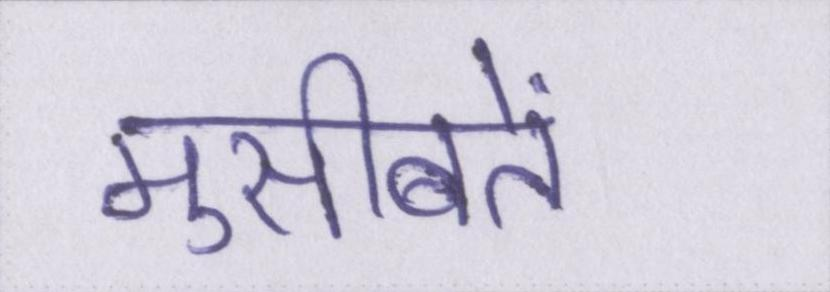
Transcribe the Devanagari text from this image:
मुसीबतें